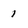
Character: 1